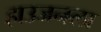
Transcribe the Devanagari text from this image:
हाउजनला